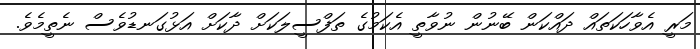
މަރީ އެވާހަކަތައް ދައްކަން ބޭނުން ނުވާތީ އެކަމުގެ ތަފްސީލަކަށް ދާކަށް އަޅުގަނޑުވެސް ނެތީމެވެ.